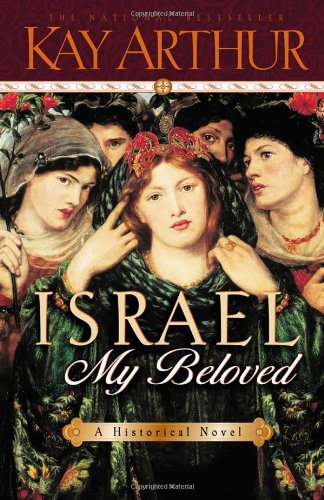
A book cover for Israel, My Beloved; Kay Arthur; Romance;